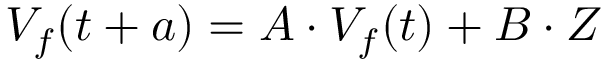
V _ { f } ( t + a ) = A \cdot V _ { f } ( t ) + B \cdot Z